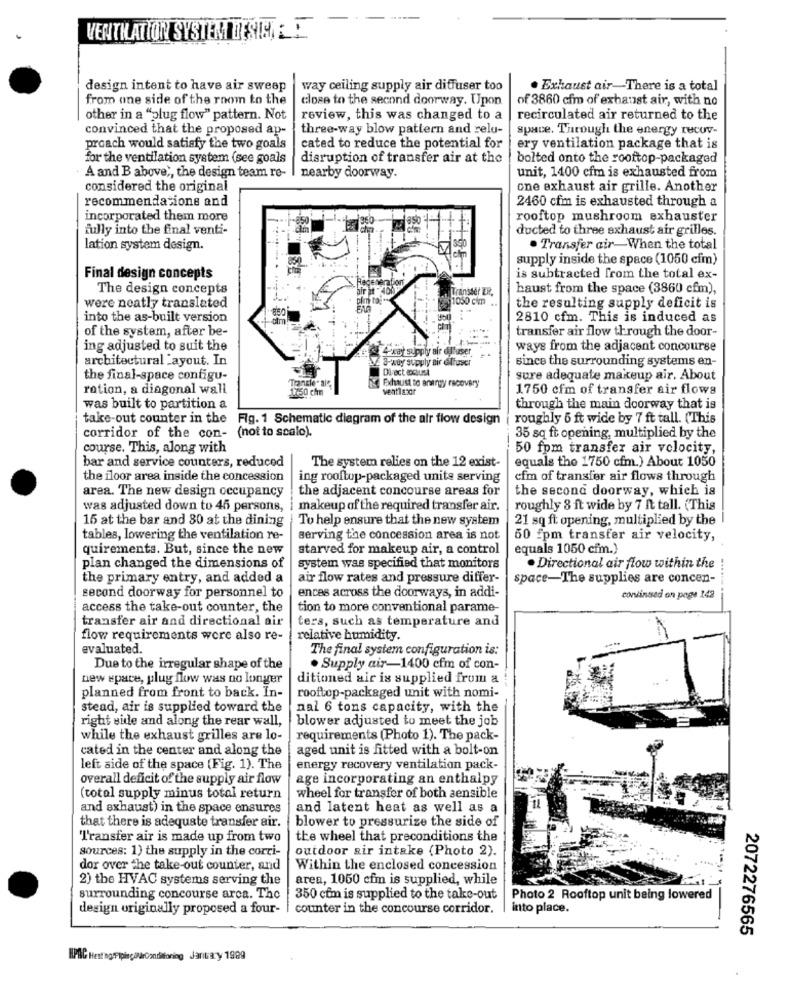
VENTILATION SYSTEM DENINE
design intent to have air sweep
way ceiling supply air diffuser too
. Exhaust air-There is a total
from one side of the room to the
close to the second doorway. Upon
of 3860 cfm of exhaust air, with no
other in a "plug flow" pattern. Not
review, this was changed to a
recirculated air returned to the
convinced that the proposed ap-
three-way blow pattern and relu-
space. Through the energy recov-
proach would satisfy the two goals
cated to reduce the potential for
ery ventilation package that is
for the ventilation system (see goals
disruption of transfer air at the
bolted onto the rooftop-packaged
A and B above ,, the design team re-
nearby doorway.
unit, 1400 cfm is exhausted from
considered the original
one exhaust air grille. Another
recommendations and
2460 cfm is exhausted through a
incorporated them more
rooftop mushroom exhauster
fully into the final venti-
ducted to three exhaust air grilles.
lation system design.
. Transfer air-When the total
supply inside the space (1050 cim)
Final design concepts
is subtracted from the total ex-
The design concepts
Transter ER.
baust from the space (3860 cfm),
were neatly translated
1050 cim
the resulting supply deficit is
into the as-built version
2810 cfm. This is induced as
of the system, after be-
transfer air flow through the door-
ing adjusted to suit the
Pray supply air diffuser
ways from the adjacent concourse
architectural Layout. In
3-way supply air elfuser
since the surrounding systems en-
Direct Rust
the final-space configu-
Tandler als
sure adequate makeup air. About
ration, a diagonal wall
1750 chm
Exhaust to energy recovery
ventilator
1750 cfm of transfer air flows
was built to partition a
through the main doorway that is
take-out counter in the Fig. 1 Schematic diagram of the air flow design
roughly 5 ft wide by 7 ft tall. (This
corridor of the con- (not to scale).
35 sq ft opening, multiplied by the
course. This, along with
50 fpm transfer air velocity,
bar and service counters, reduced
equals the 1750 cfm.) About 1050
The system relies on the 12 exist-
the floor area inside the concession
ing rooftop-packaged units serving
cfm of transfer air flows through
the adjacent concourse areas for
the second doorway, which is
area. The new design occupancy
was adjusted down to 45 persons, i makeup of the required transfer air.
roughly 8 ft wide by 7 ft tall. (This
15 at the bar and 80 at the dining
To help ensure that the new system
21 sq ft opening, multiplied by the
tables, lowering the ventilation re-
serving the concession area is not
60 5pm transfer air velocity,
quirements. But, since the new
starved for makeup air, a control
equals 1050 cfm.)
plan changed the dimensions of
system was specified that monitors
. Directional air flow within the
the primary entry, and added a
air flow rates and pressure differ-
space-The supplies are concen-
second doorway for personnel to
ences across the doorways, in addi-
continued on page 142
access the take-out counter, the
tion to more conventional parame-
transfer air and directional air
ters, such as temperature and
flow requirements were also re-
relative humidity.
evaluated.
The final system configuration is:
Due to the irregular shape of the
. Supply air-1400 cfm of con-
new space, plug flow was no longer
ditioned air is supplied from a
planned from front to back. In-
rooftop-packaged unit with nomi-
stead, air is supplied toward the
nal 6 tons capacity, with the
right side and along the rear wall,
blower adjusted to meet the job
while the exhaust grilles are lo-
requirements (Photo 1). The pack-
cated in the center and along the
aged unit is fitted with a bolt-on
left side of the space (Fig. 1). The
energy recovery ventilation pack-
overall deficit of the supply air flow
age incorporating an enthalpy
(total supply minus total return
wheel for transfer of both sensible
and exhaust) in the space ensures
and latent heat as well as a
that there is adequate transfer air.
blower to pressurize the side of
'Transfer air is made up from two
the wheel that preconditions the
sources: 1) the supply in the corri-
outdoor air intake (Photo 2).
dor over the take-out counter, and
Within the enclosed concession
2) the HVAC systems serving the
area, 1050 cfm is supplied, while
surrounding concourse arca. The
350 com is supplied to the take-out
Photo 2 Rooftop unit being lowered
design originally proposed a four-
counter in the concourse corridor.
into place.
2072276565
IPAC Hest no Piping/Conditioning January 1989